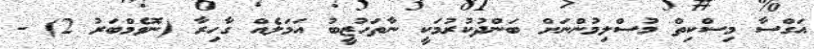
އަގްސާ މިސްކިތް މުސްލިމުންނަށް ބަންދުކުރުމަކީ ނާތަހުޒީބު އަމަލެއް ގާހިރާ (ނޮވެމްބަރު 2) -